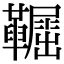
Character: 𩍞